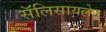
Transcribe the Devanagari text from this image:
सॅलिसायलेट